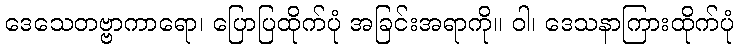
ဒေသေတဗ္ဗာကာရော၊ ပြောပြထိုက်ပုံ အခြင်းအရာကို။ ဝါ၊ ဒေသနာကြားထိုက်ပုံ